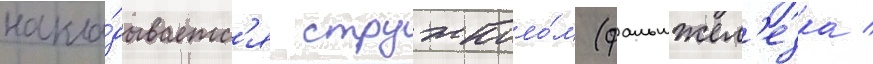
накла́дываетс'я стружколо́м (фальшжел'езка /